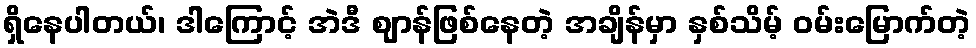
ရှိနေပါတယ်၊ ဒါကြောင့် အဲဒီ ဈာန်ဖြစ်နေတဲ့ အချိန်မှာ နှစ်သိမ့် ဝမ်းမြောက်တဲ့